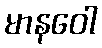
မာနဝေါ